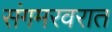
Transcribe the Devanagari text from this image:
संगमरवरात